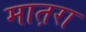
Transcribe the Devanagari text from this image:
मात़रा